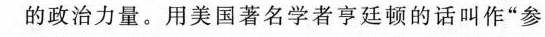
的政治力量。用美国著名学者亨廷顿的话叫作”参